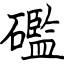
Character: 礛